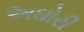
અઘોરી